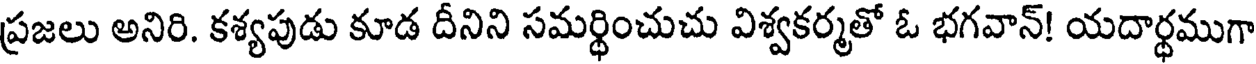
ప్రజలు అనిరి. కశ్యపుడు కూడ దీనిని సమర్థించుచు విశ్వకర్మతో ఓ భగవాన్! యదార్థముగా